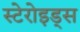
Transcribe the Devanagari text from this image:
स्टेरोइड्स